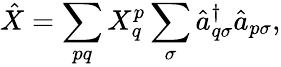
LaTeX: \hat{X}=\sum_{pq}X_{q}^{p}\sum_{\sigma}\hat{a}_{q\sigma}^{\dagger}\hat{a}_{p\sigma},